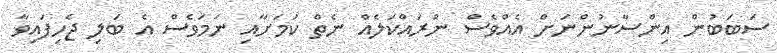
ސަބަބުން އިންސާނުންނަށް އެއްވެސް ނުރައްކަލެއް ނެތް ކަމަށާއި ނަމަވެސް އެ ބަލި ޖެހިފައިވާ